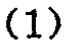
\((1)\)